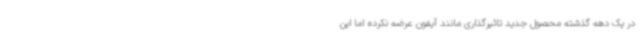
در یک دهه گذشته محصول جدید تاثیرگذاری مانند آیفون عرضه نکرده اما این